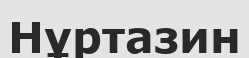
Нұртазин